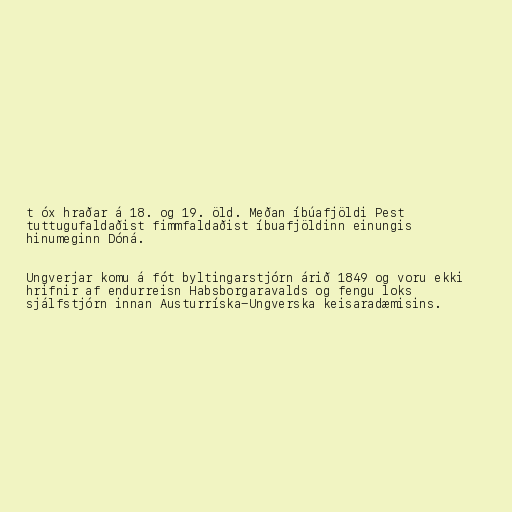
t óx hraðar á 18. og 19. öld. Meðan íbúafjöldi Pest
tuttugufaldaðist fimmfaldaðist íbuafjöldinn einungis
hinumeginn Dóná.

Ungverjar komu á fót byltingarstjórn árið 1849 og voru ekki
hrifnir af endurreisn Habsborgaravalds og fengu loks
sjálfstjórn innan Austurríska-Ungverska keisaradæmisins.